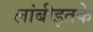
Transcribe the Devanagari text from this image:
लांबीइतके